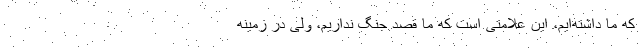
که ما داشته‌ایم، این علامتی است که ما قصد جنگ نداریم، ولی در زمینه